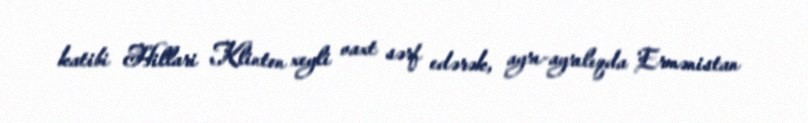
katibi Hillari Klinton xeyli vaxt sərf edərək, ayrı-ayrılıqda Ermənistan